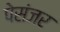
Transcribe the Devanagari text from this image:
पेसंजर